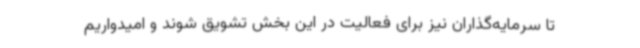
تا سرمایه‌گذاران نیز برای فعالیت در این بخش تشویق شوند و امیدواریم